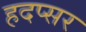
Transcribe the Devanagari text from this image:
हदप्सर